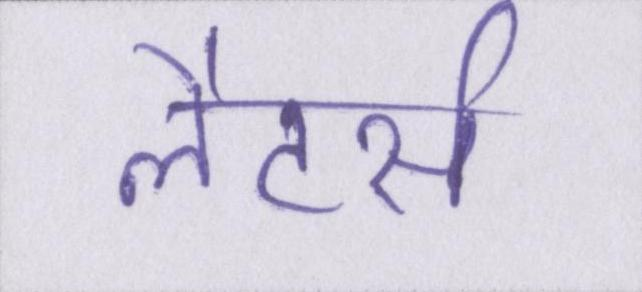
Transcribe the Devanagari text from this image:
लैटर्स